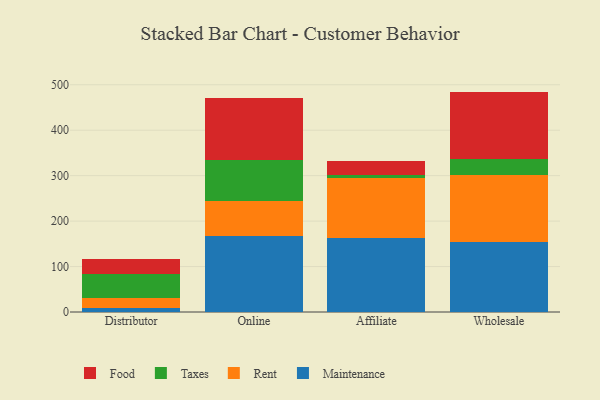
{"axis": {"x": "Channel", "y": "Temperature (°C)"}, "legend": ["Food", "Maintenance", "Rent", "Taxes"], "data": [{"x": "Distributor", "y": 9.4, "type": "Maintenance"}, {"x": "Distributor", "y": 21.0, "type": "Rent"}, {"x": "Distributor", "y": 52.4, "type": "Taxes"}, {"x": "Distributor", "y": 33.8, "type": "Food"}, {"x": "Online", "y": 167.4, "type": "Maintenance"}, {"x": "Online", "y": 76.9, "type": "Rent"}, {"x": "Online", "y": 91.0, "type": "Taxes"}, {"x": "Online", "y": 134.8, "type": "Food"}, {"x": "Affiliate", "y": 162.6, "type": "Maintenance"}, {"x": "Affiliate", "y": 132.1, "type": "Rent"}, {"x": "Affiliate", "y": 7.8, "type": "Taxes"}, {"x": "Affiliate", "y": 28.9, "type": "Food"}, {"x": "Wholesale", "y": 153.3, "type": "Maintenance"}, {"x": "Wholesale", "y": 147.9, "type": "Rent"}, {"x": "Wholesale", "y": 35.3, "type": "Taxes"}, {"x": "Wholesale", "y": 148.4, "type": "Food"}]}